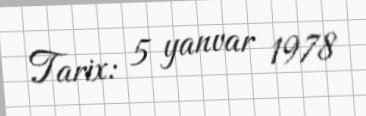
Tarix: 5 yanvar 1978